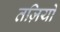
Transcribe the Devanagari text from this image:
तज़ियों